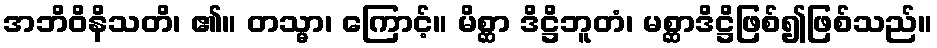
အဘိဝိနိသတိ၊ ၏။ တသ္မာ၊ ကြောင့်။ မိစ္ဆာ ဒိဋ္ဌိဘူတံ၊ မစ္ဆာဒိဋ္ဌိဖြစ်၍ဖြစ်သည်။